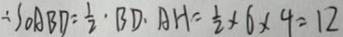
\therefore S _ { \Delta A B D } = \frac { 1 } { 2 } \cdot B D \cdot A H = \frac { 1 } { 2 } \times 6 \times 9 = 1 2